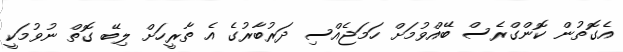
އެގޮތުން ކޮންގްރެސް ބޭއްވުމަށް ހަމަޖެއްސި ދަރުބާރުގެ އެ ތާރީހަށް ލިބޭ ގޮތް ނުވުމަކީ